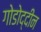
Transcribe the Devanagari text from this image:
गोडोद्दीन